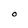
Character: O